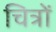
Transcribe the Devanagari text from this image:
चित्रोें